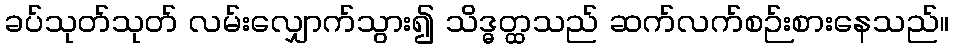
ခပ်သုတ်သုတ် လမ်းလျှောက်သွား၍ သိဒ္ဓတ္ထသည် ဆက်လက်စဉ်းစားနေသည်။